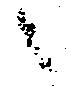
々